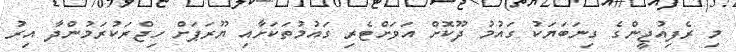
މި ރެފިއުޖީންގެ ގިނަބަޔަކު ގައުމު ދޫކޮށް އަވަށްޓެރި ގައުމުތަކަށާއި ޔޫރަޕަށް ހިޖްރަކުރަމުންދާ އިރު